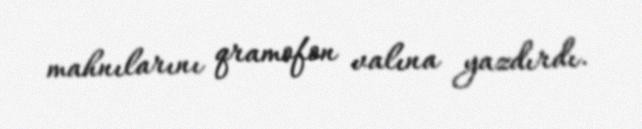
mahnılarını qramofon valına yazdırdı.